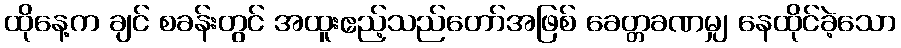
ထိုနေ့က ချင် စခန်းတွင် အထူးဧည့်သည်တော်အဖြစ် ခေတ္တခဏမျှ နေထိုင်ခဲ့သော